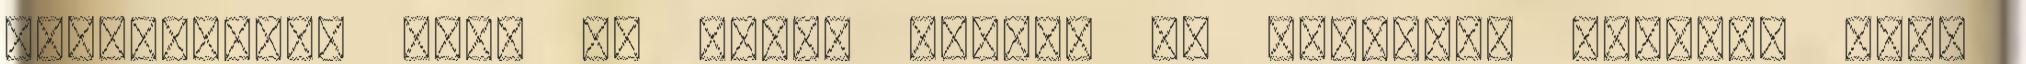
mukodtetjuk azt. ha vegre itthon is vetiteni fogjak. Alig